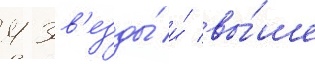
4 зв'езды́ и́ вы́ше